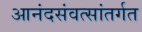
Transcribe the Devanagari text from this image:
आनंदसंवत्सांतर्गत